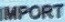
IMPORT